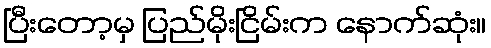
ပြီးတော့မှ ပြည်မိုးငြိမ်းက နောက်ဆုံး။